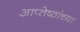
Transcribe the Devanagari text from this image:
आप्‍तेष्ठांच्या